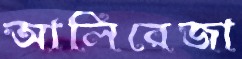
আলিরেজা